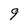
Character: 9